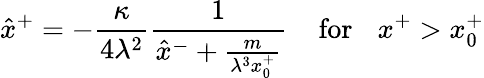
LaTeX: \hat{x}^{+}=-\frac{\kappa}{4\lambda^{2}}\frac{1}{\hat{x}^{-}+\frac{m}{\lambda^{3}x_{0}^{+}}}\: \: \: \: \: \mathrm{for}\: \: \: \: x^{+}>x_{0}^{+}